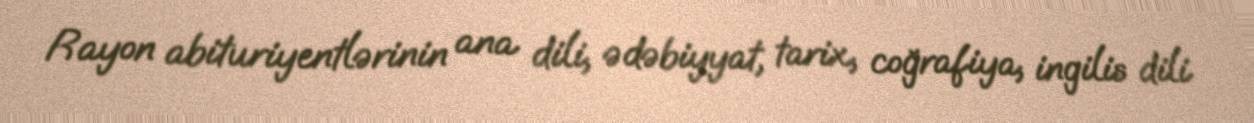
Rayon abituriyentlərinin ana dili, ədəbiyyat, tarix, coğrafiya, ingilis dili